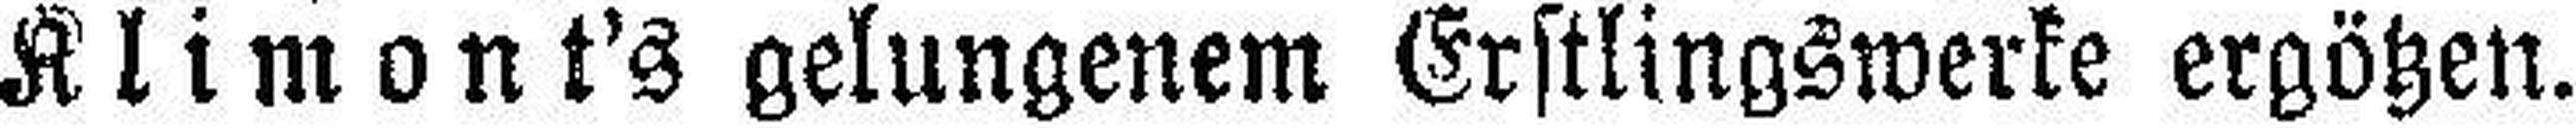
Klimont's gelungenem Erstlingswerke ergötzen.